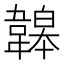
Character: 韟